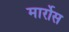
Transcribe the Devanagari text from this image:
मार्रोस